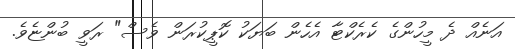
އަނެއް ދެ މީހުންގެ ކެރެކްޓާ އެހެން ބަޔަކު ކޮޕީކުރަން ވެސް" ރަވީ ބުންޏެވެ.